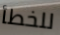
للخطأ